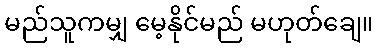
မည်သူကမျှ မေ့နိုင်မည် မဟုတ်ချေ။